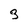
Character: 3